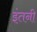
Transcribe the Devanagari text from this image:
इंतनी